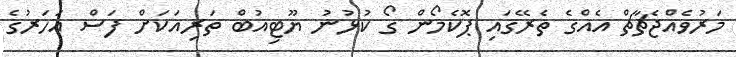
މަރުވެއްޖެޗާޗް އެއްގެ ތެރޭގައި ޕޮކެމޯން ގޯ ކުޅުނު ޔޫޓިއުބް ތަރިއަކަށް ފަސް އަހަރުގެ